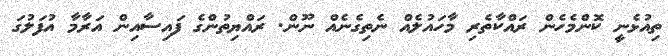
ތިއުޅެނީ ކޮންމެހެން ރައްކާތެރި މާހައުލެއް ނެތިގެނެއް ނޫން. ރައްޔިތުންގެ ފައިސާއިން އަރާމާ އުފަލުގަ